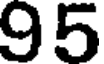
95